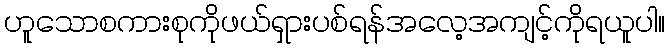
ဟူသောစကားစုကိုဖယ်ရှားပစ်ရန်အလေ့အကျင့်ကိုရယူပါ။